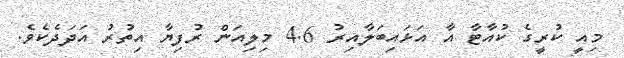
މިއީ ކުރީގެ ކުއާޓާ އާ އަޅައިބަލާއިރު 4.6 މިލިއަން ރުފިޔާ އިތުރު އަދަދެކެވެ.